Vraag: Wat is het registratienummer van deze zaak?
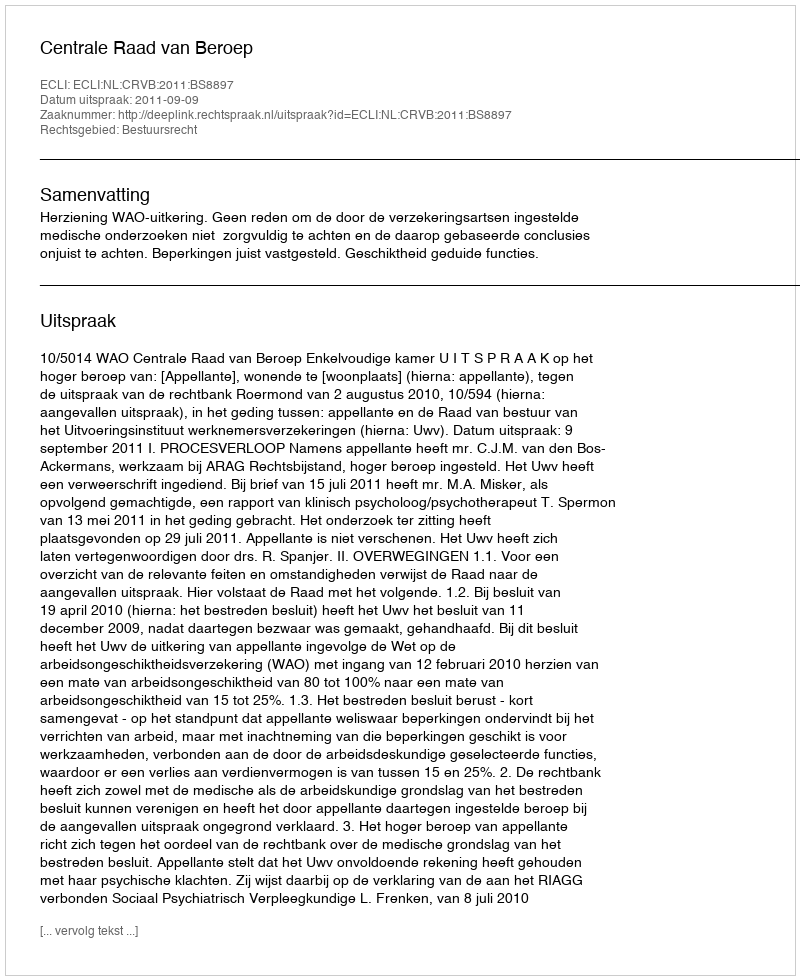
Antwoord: http://deeplink.rechtspraak.nl/uitspraak?id=ECLI:NL:CRVB:2011:BS8897